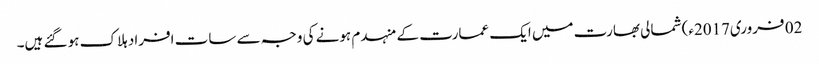
02 فروری2017ء) شمالی بھارت میں ایک عمارت کے منہدم ہونے کی وجہ سے سات افراد ہلاک ہو گئے ہیں۔